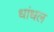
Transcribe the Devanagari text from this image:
धांधल